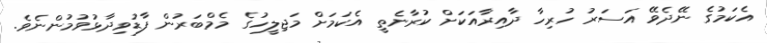
އެކަމުގެ ނޭދެވޭ އަސަރު ހުރިހާ ދާއިރާއަކަށް ކުރާނެތީ އެކަމަށް މަޖިލީހުގެ މެމްބަރުން ފާޑުވިދާޅުވުމުންނެވެ.